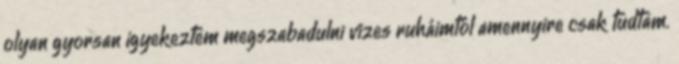
olyan gyorsan igyekeztem megszabadulni vizes ruháimtól amennyire csak tudtam.